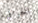
الخرافية